Report on the lunatic asylums under the Government of Bombay - 1904-1913
Year: 1904
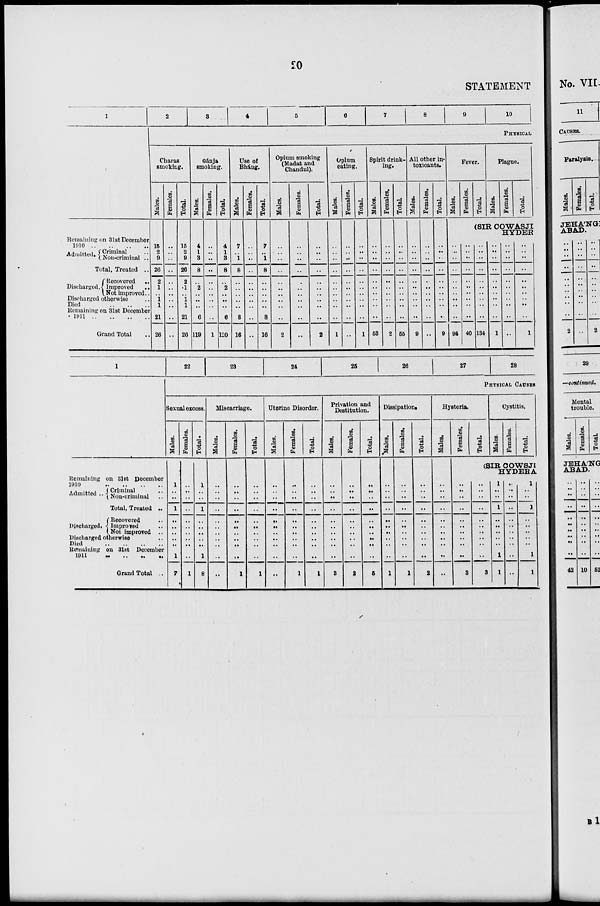
20
STATEMENT
1
Remaining on 31st December
1910 .. .. .. ..
Admitted. Criminal
..
Non-criminal ..
Total, Treated ..
Discharged.
Recovered
..
Improved
..
Not improved..
Discharged otherwise
Died
..
..
..
..
Remaining on 31st December
1911 .. .. .. ..
Grand Total
2
3
4
5
6
7
8
9
10
PHYSICAL
Charas
smoking.
Males.
15
2
9
26
2
1
..
1
1
21
26
Females.
..
..
..
..
..
..
.. ..
..
..
Total.
15
2
9
26
2
1
1
1
21
26
Gánja
smoking.
Males.
4
1
3
8
..
2
..
..
..
6
119
Females.
..
..
..
..
..
..
..
..
..
..
1
Total.
4
1
3
8
..
2
..
..
..
6
120
Use Of
Bhang.
Hales.
7
..
1
8
..
..
..
..
..
8
16
Females.
..
..
..
..
..
..
..
..
..
..
..
Total.
7
..
1
8
..
..
..
..
..
8
16
Opium smoking
(Madat and
Chandul).
Hales.
..
..
..
..
..
..
..
..
..
..
2
Females.
..
..
..
..
..
..
..
..
..
..
..
Total.
..
..
..
..
..
..
..
..
..
..
2
Opium
eating.
Males.
..
..
..
..
..
..
..
..
..
..
1
Females.
..
..
..
..
..
..
..
..
..
..
..
Total.
..
..
..
..
..
..
..
..
..
..
1
Spirit drink-
ing.
Males.
..
..
..
..
..
..
..
..
..
..
63
Females.
..
..
..
..
..
..
..
..
..
..
2
Total.
..
..
..
..
..
..
..
..
...
..
65
All other in-
toxicants.
Males.
Females.
..
..
..
..
..
..
..
..
..
..
9
..
..
..
..
..
..
..
..
..
..
..
Total.
..
..
..
..
..
.
..
..
..
..
9
Fever.
Males.
Females.
Total.
Plague.
Males.
Females.
Total.
(SIR COWASJI
HYDER
..
..
..
..
..
..
..
..
..
..
94
..
..
..
..
..
..
..
..
..
..
40
..
..
..
.
..
..
..
..
..
..
134
..
..
..
..
..
..
..
..
..
..
1
..
..
..
..
..
..
..
...
..
..
..
..
..
..
..
..
..
..
..
..
..
1
1
Remaining on 31st December
1910 .. .. .. ..
Admitted .. Criminal ..
Non-criminal ..
Total, Treated ..
Discharged.
Recovered ..
Improved ..
Not improved ..
Discharged otherwise ..
Died
..
..
..
..
Remaining on 31st December
1911 .. .. .. ..
Grand Total ..
22
23
24
25
26
27
28
PHYSICAL CAUSES
Sexual excess.
Males.
1
..
..
1
..
..
..
..
..
1
7
Females.
..
..
..
..
..
..
..
..
..
..
1
Total.
1
..
..
1
..
..
..
..
..
1
8
Miscarriage.
Males.
..
..
..
..
..
..
..
..
..
..
..
Females.
..
..
..
..
..
..
..
..
..
..
1
Total.
..
..
..
..
..
..
..
..
..
..
1
Uterine Disorder.
Males.
..
..
..
..
..
..
..
..
..
..
..
Females.
..
..
..
..
..
..
..
..
..
..
1
Total.
..
..
..
..
..
.
..
..
..
..
1
Privation and
Destitution.
Males.
..
..
..
..
..
..
..
..
..
..
3
Females.
..
..
..
..
..
..
..
.
..
..
2
Total.
..
..
..
..
..
..
..
..
..
..
5
Dissipation.
Males.
..
..
..
..
..
..
..
..
..
..
1
Females.
..
..
..
..
..
..
..
..
..
..
1
Total.
..
..
..
..
..
..
..
..
..
...
2
Hysteria.
Males.
..
..
..
..
..
..
..
..
..
..
..
Females.
Total.
Cystitis.
Males.
Females.
Total.
(SIR COWSJI
HYDERA
..
..
..
..
..
.
..
..
..
..
3
..
..
..
...
..
..
..
..
..
..
3
1
..
..
1
..
..
..
..
..
1
1
..
..
..
..
..
..
..
..
..
..
..
1
..
..
1
..
..
..
..
..
1
1